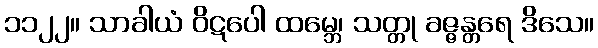
၁၁၂၂။ သာခါယံ ဝိဋပေါ ထမ္ဘေ၊ သတ္တု ခဇ္ဇန္တရေ ဒိသေ။